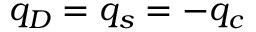
q _ { D } = q _ { s } = - q _ { c }